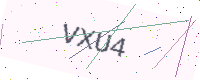
Text: VXU4